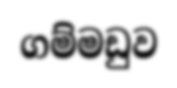
ගම්මඩුව